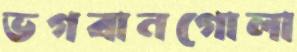
ভগবানগোলা